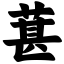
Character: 葚